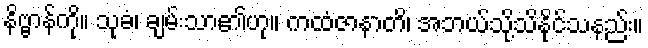
နိဗ္ဗာန်ကို။ သုခံ၊ ချမ်းသာ၏ဟု။ ကထံဇာနာတိ၊ အဘယ်သို့သိနိုင်သနည်း။